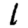
Digit: 1